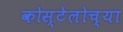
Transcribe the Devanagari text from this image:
कोस्टेलोच्या